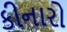
કીનારો